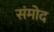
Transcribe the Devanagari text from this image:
संमोद